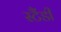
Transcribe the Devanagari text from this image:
स्टैंडी